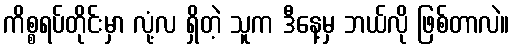
ကိစ္စရပ်တိုင်းမှာ လုံ့လ ရှိတဲ့ သူက ဒီနေ့မှ ဘယ်လို ဖြစ်တာလဲ။